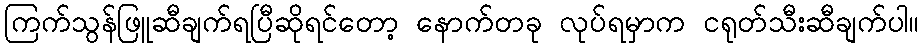
ကြက်သွန်ဖြူဆီချက်ရပြီဆိုရင်တော့ နောက်တခု လုပ်ရမှာက ငရုတ်သီးဆီချက်ပါ။